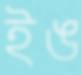
ইঙ